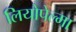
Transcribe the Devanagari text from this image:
लियोपेल्मा